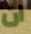
ان